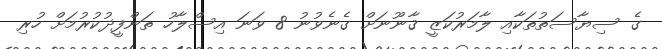
ގެ ސިޔާސަތުތަކާއި ލާމަރުކަޒީ ޤާނޫނަށް ގެނެވުނު 8 ވަނަ އިސްލާހު ތަންފީޛުކުރުމަށް ހުރި